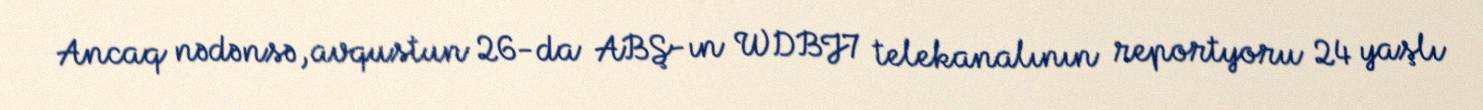
Ancaq nədənsə, avqustun 26-da ABŞ-ın WDBJ7 telekanalının reportyoru 24 yaşlı